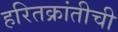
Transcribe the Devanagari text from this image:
हरितक्रांतीची